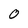
Character: 0